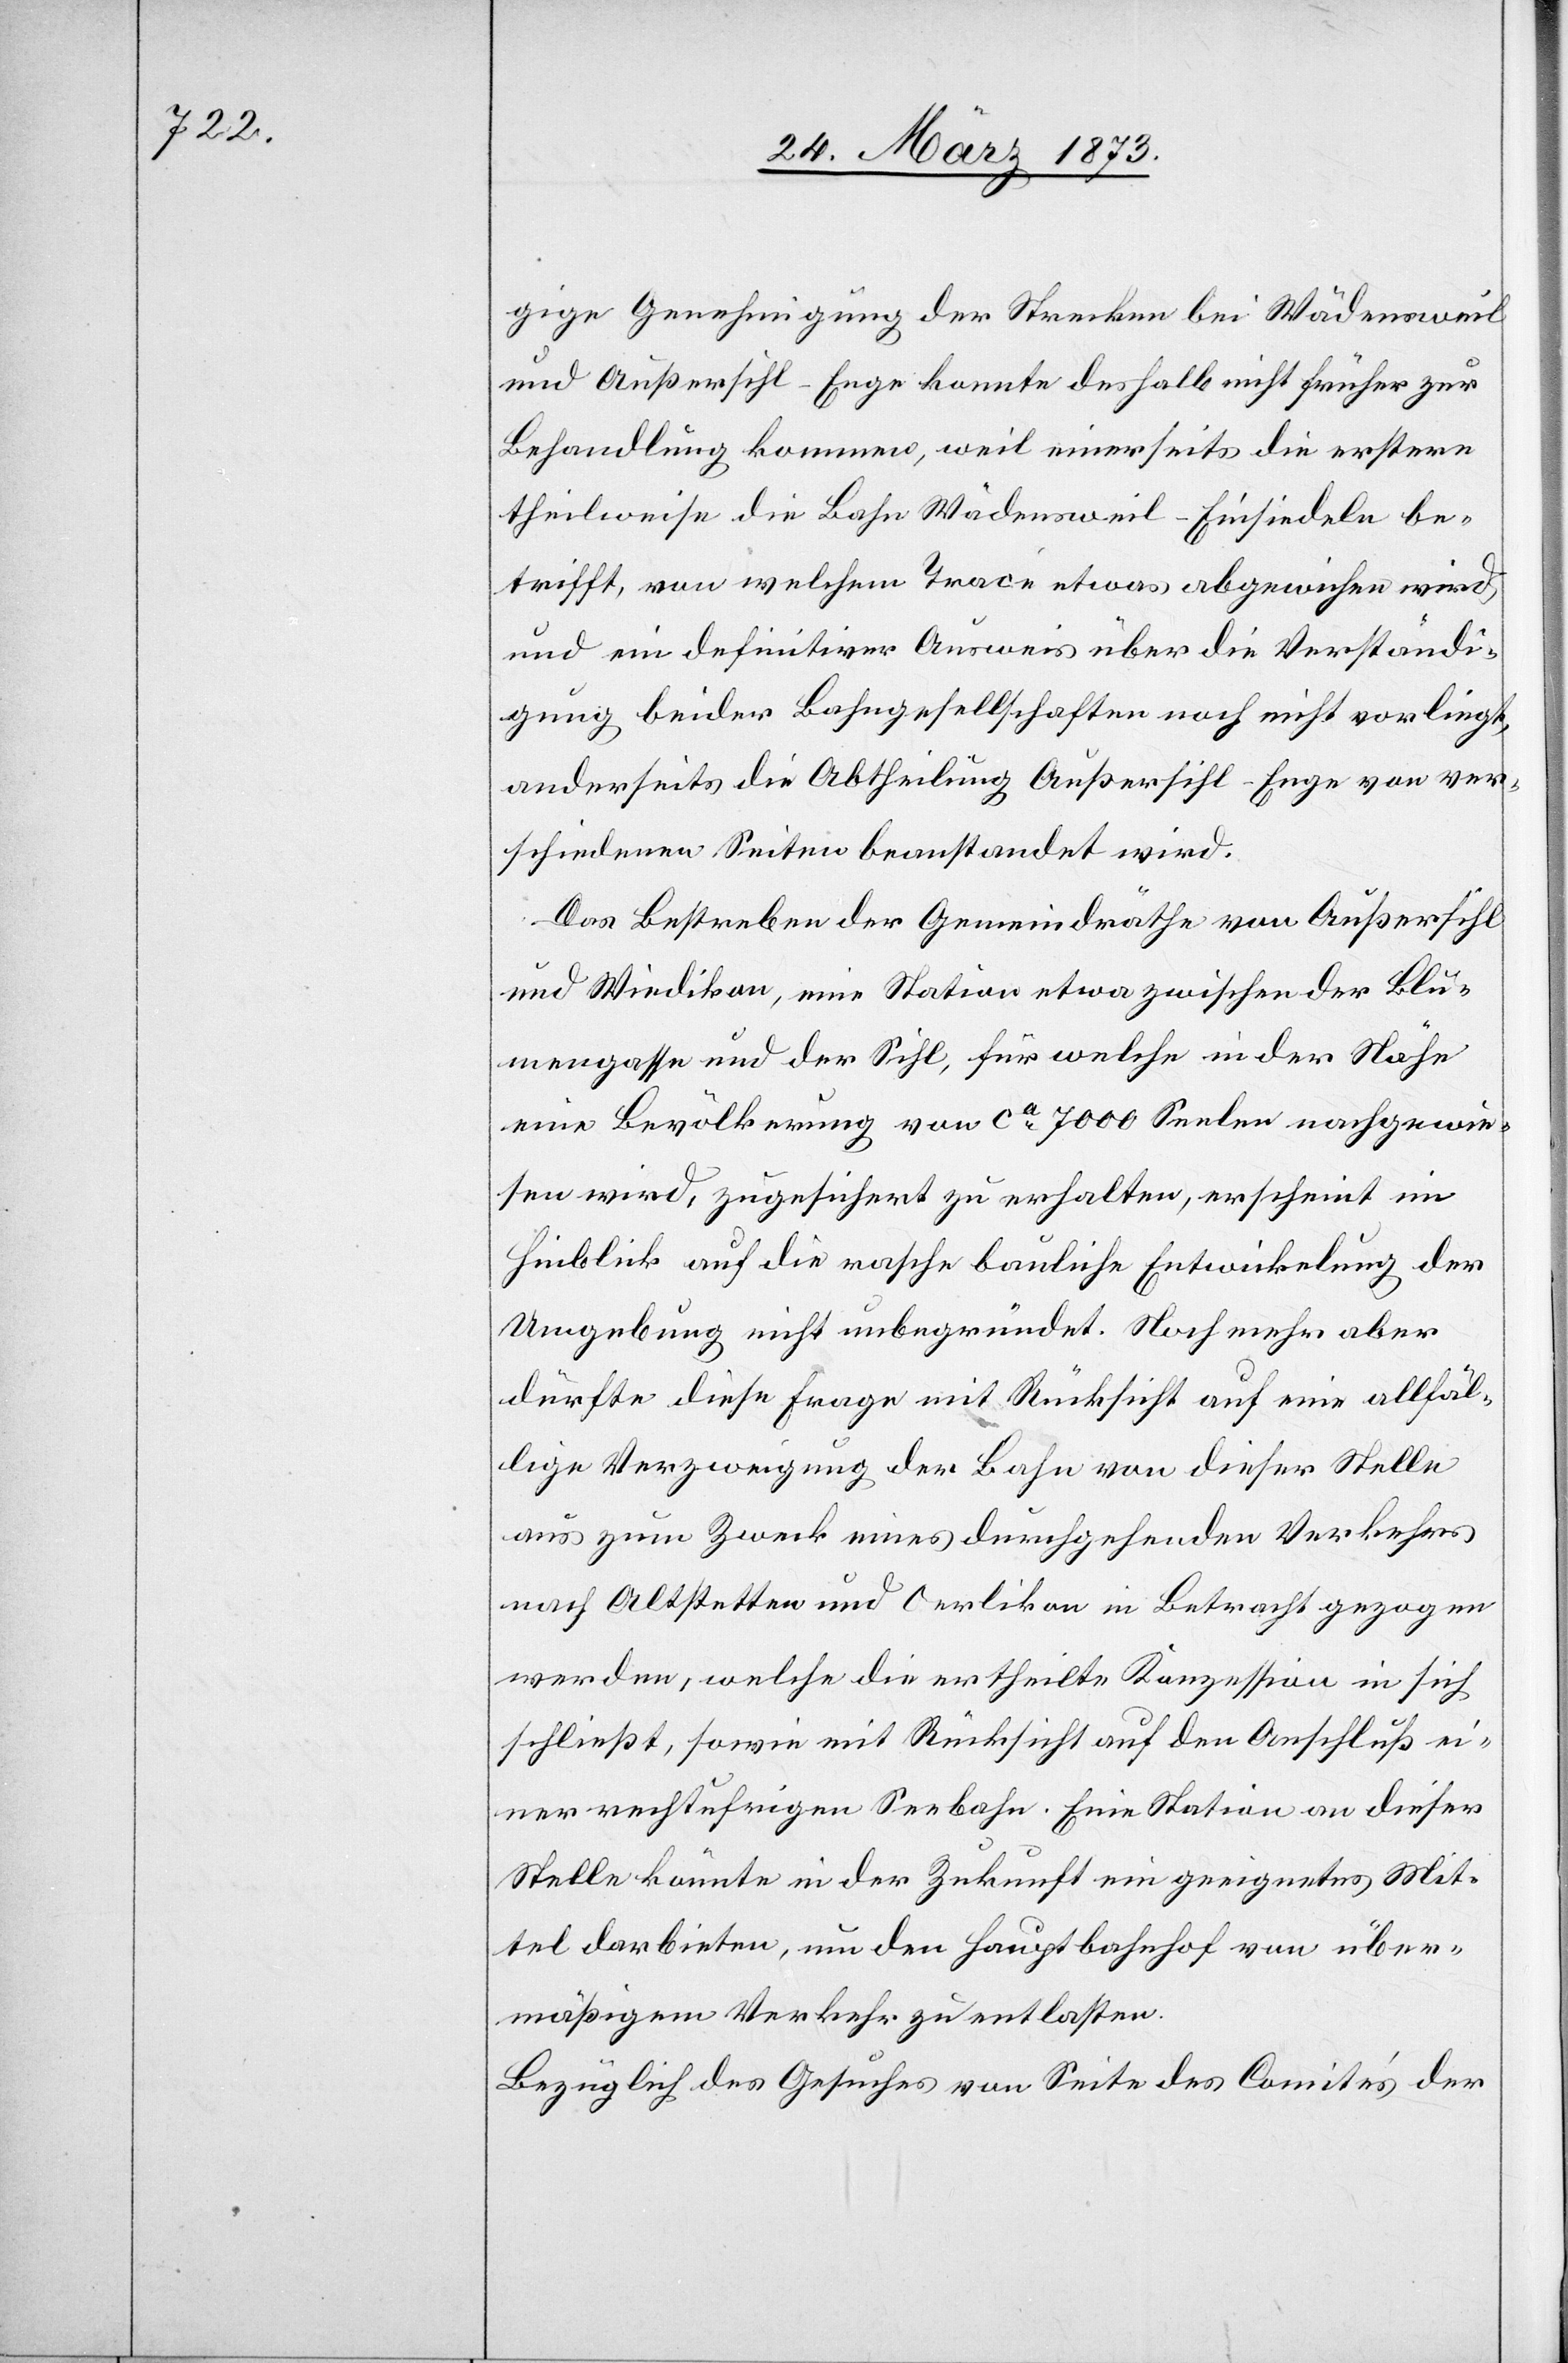
gige Genehmigung der Strecken bei Wädensweil
und Außersihl–Enge konnte deshalb nicht früher zur
Behandlung kommen, weil einerseits die erstere
theilweise die Bahn Wädensweil–Einsiedeln be¬
trifft, von welchem Trace etwas abgewichen wird,
und ein definitiverer Ausweis über die Verständi¬
gung beider Bahngesellschaften noch nicht vorliegt,
anderseits die Abtheilung Außersihl–Enge von ver¬
schiedenen Seiten beanstandet wird.
Das Bestreben der Gemeindräthe von Außersihl
und Wiedikon, eine Station etwa zwischen der Blu¬
mengasse und der Sihl, für welche in der Nähe
eine Bevölkerung von ca 7000 Seelen nachgewie¬
sen wird, zugesichert zu erhalten, erscheint im
Hinblick auf die rasche bauliche Entwickelung der
Umgebung nicht unbegründet. Noch mehr aber
dürfte diese Frage mit Rücksicht auf eine allfäl¬
lige Verzweigung der Bahn von dieser Stelle
aus zum Zweck eines durchgehenden Verkehrs
nach Altstetten und Oerlikon in Betracht gezogen
werden, welche die ertheilte Konzession in sich
schließt, sowie mit Rücksicht auf den Anschluß ei¬
ner rechtufrigen Seebahn. Eine Station an dieser
Stelle könnte in der Zukunft ein geeignetes Mit¬
tel darbieten, um den Hauptbahnhof von über¬
mäßigem Verkehr zu entlasten.
Bezüglich des Gesuches von Seite des Comite’s der